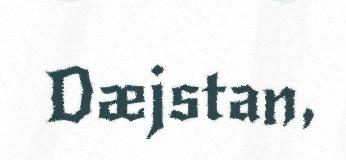
Dæjstan,